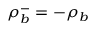
\rho _ { b } ^ { - } = - \rho _ { b }